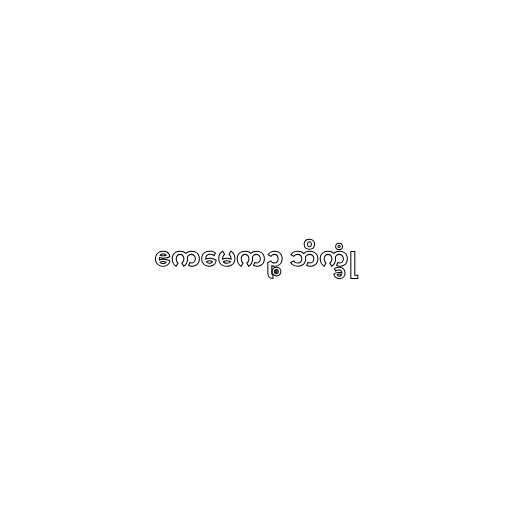
ဧကမေကဉ္စ ဘိက္ခုံ